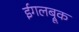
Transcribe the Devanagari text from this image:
ईगलब्रूक